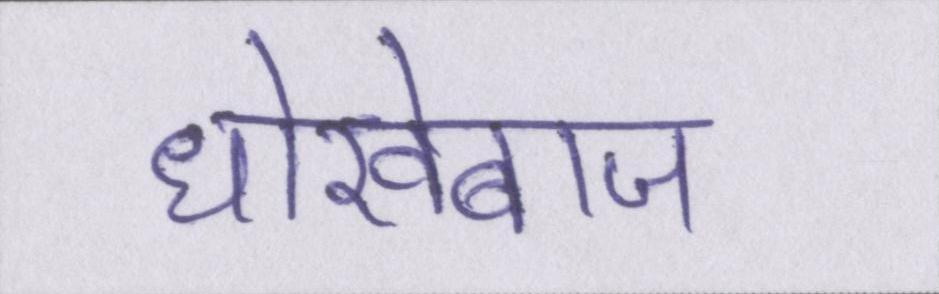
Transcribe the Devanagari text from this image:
धोखेबाज